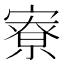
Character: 寮